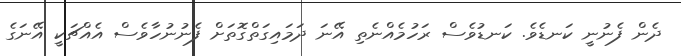
ދެން ފެނުނީ ކަނޑެވެ. ކަނޑުވެސް ރަހުމެއްނެތި އޭނަ ދަމައިގަތްގޮތަށް ފެނުނުހާވެސް އެއްޗަކީ އޭނަގެ